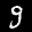
Label: 9